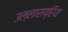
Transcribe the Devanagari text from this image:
उल्लासप्रिय